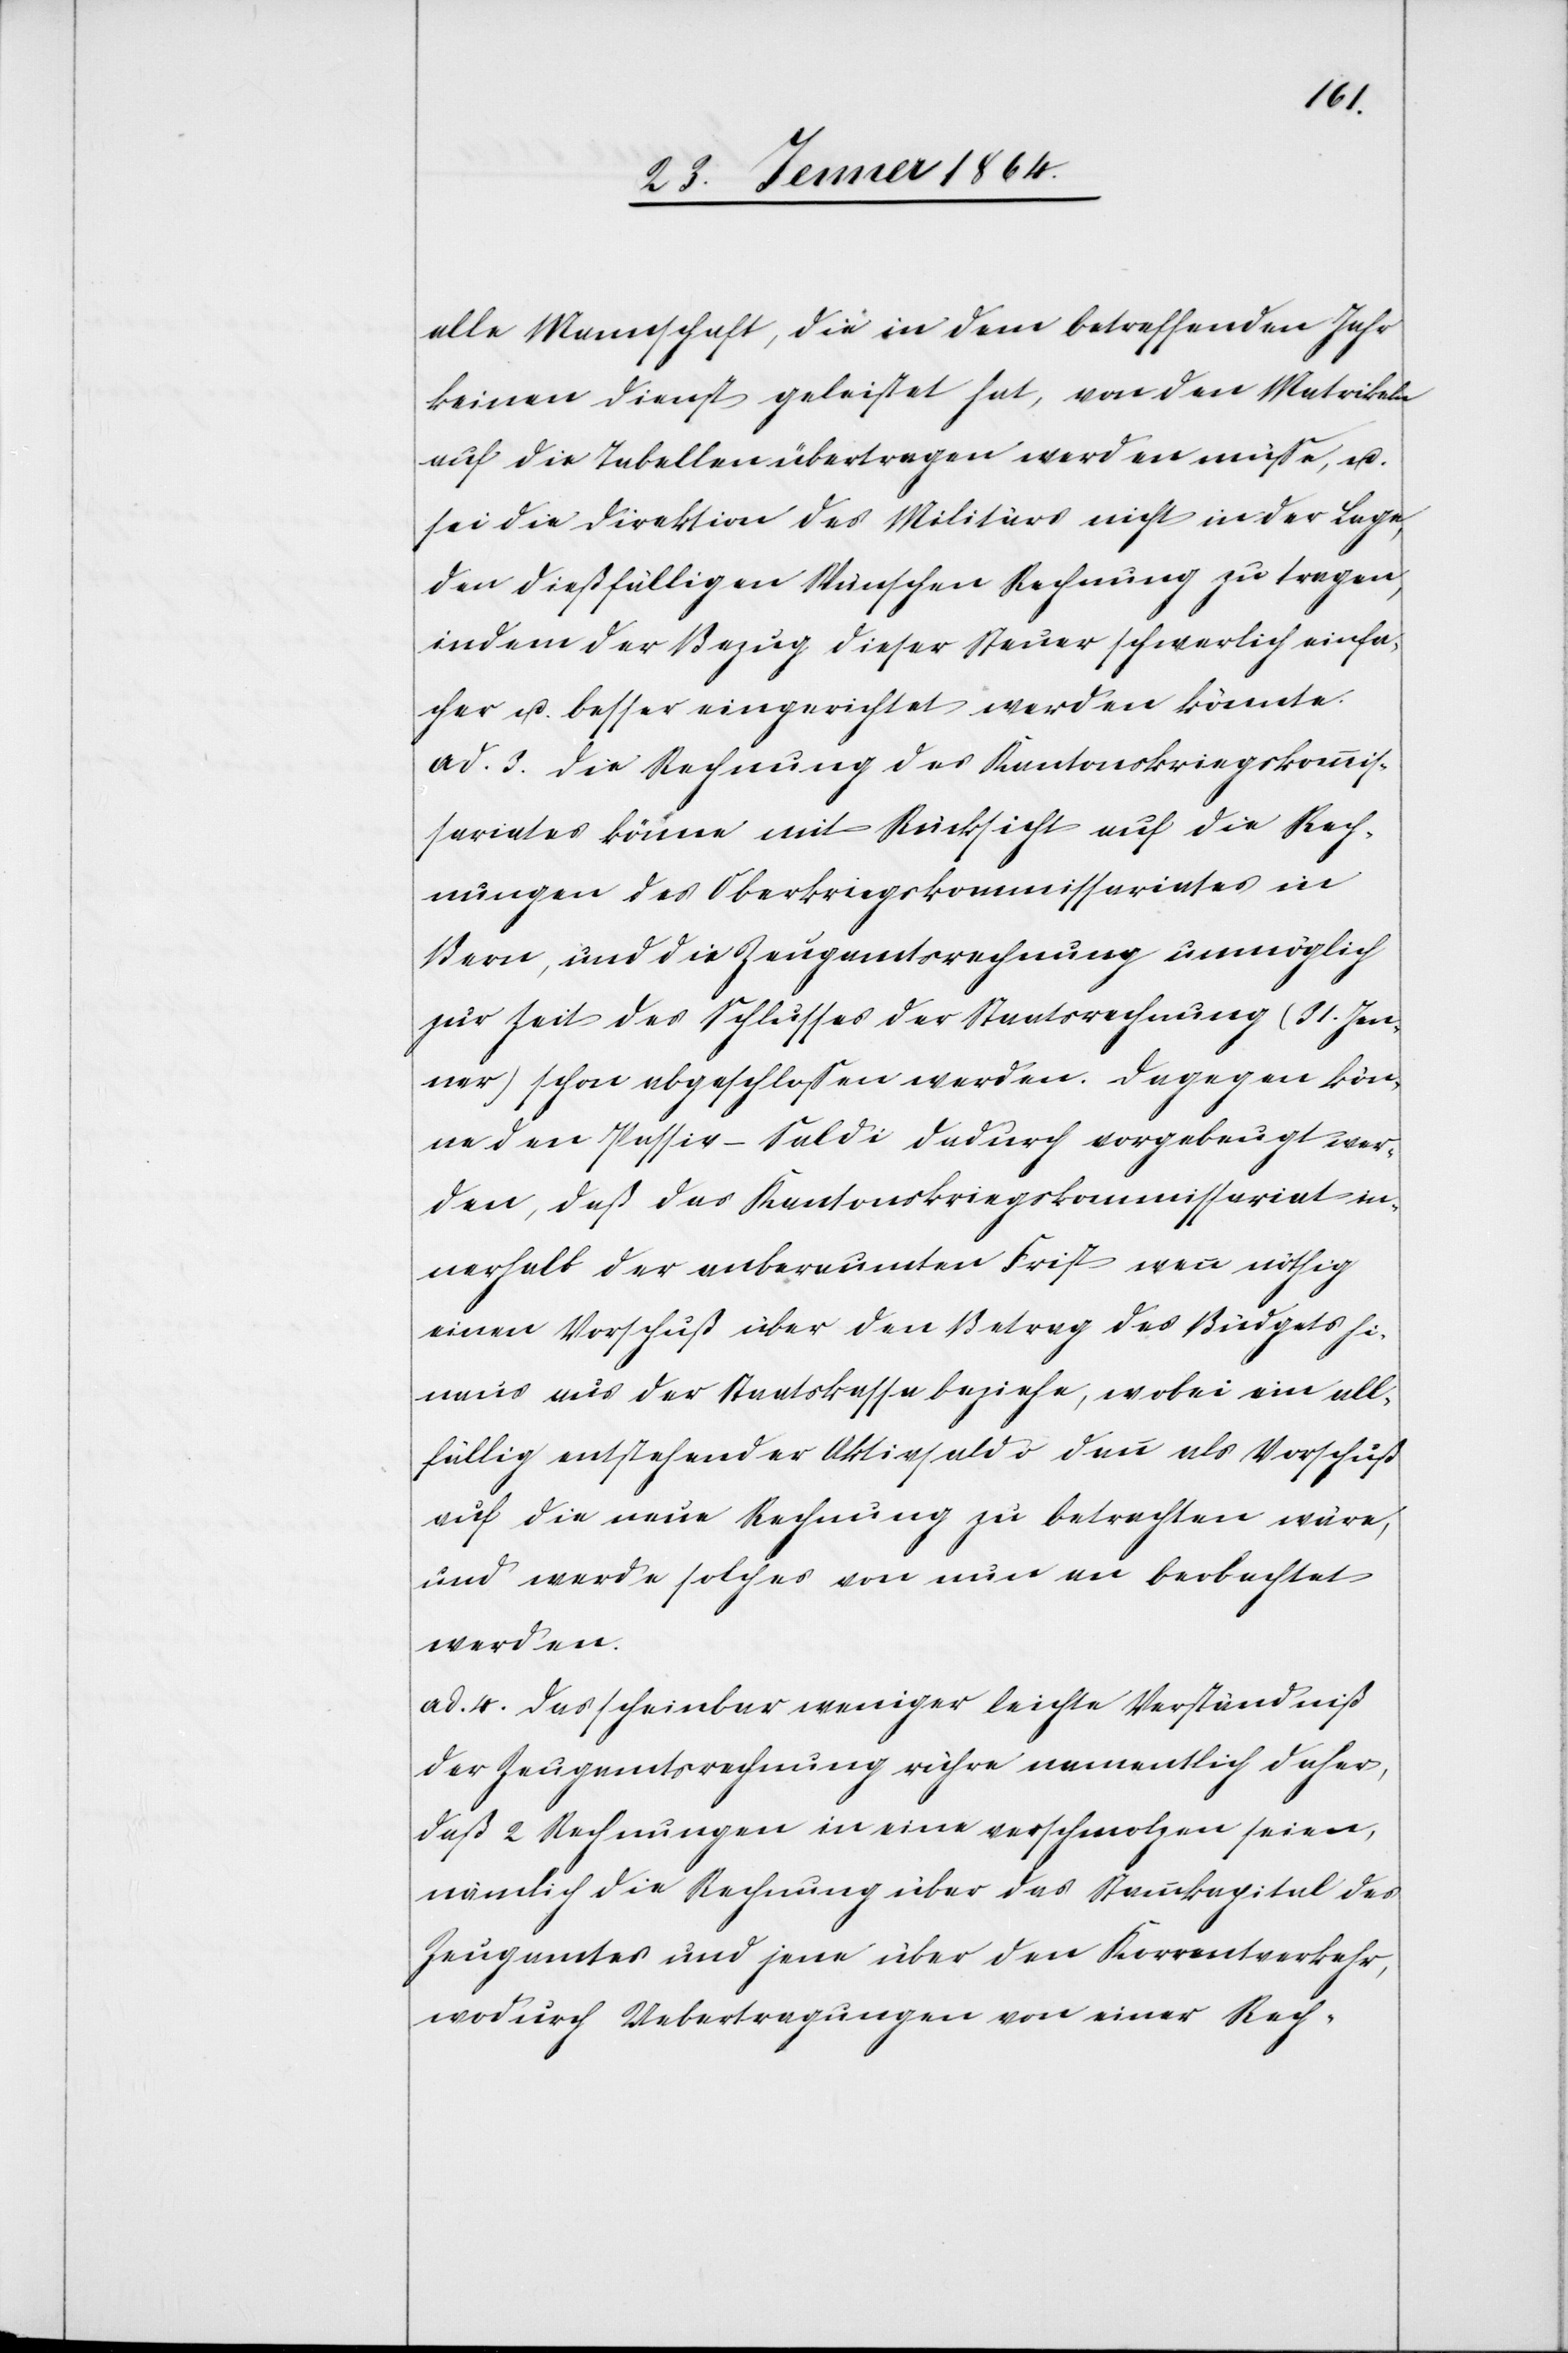
alle Mannschaft, die in dem betreffenden Jahr
keinen Dienst geleistet hat, von den Matrikeln
auf die Tabellen übertragen werden müsse, u.
sei die Direktion des Militärs nicht in der Lage,
den dießfälligen Wünschen Rechnung zu tragen,
indem der Bezug dieser Steuer schwerlich einfa¬
cher u. besser eingerichtet werden könnte.
ad. 3. Die Rechnung des Kantonskriegskommis¬
sariates könne mit Rücksicht auf die Rech¬
nungen des Oberkriegskommissariates in
Bern, und die Zeugamtsrechnung unmöglich
zur Zeit des Schlusses der Staatsrechnung (31. Jan¬
uar) schon abgeschlossen werden. Dagegen kön¬
ne den Passiv-Saldi dadurch vorgebeugt wer¬
den, daß das Kantonskriegskommissariat in¬
nerhalb der anberaumten Frist wenn nöthig
einen Vorschuß über den Betrag des Budgets hi¬
naus aus der Staatskasse beziehe, wobei ein all¬
fällig entstehender Aktivsaldo dann als Vorschuß
auf die neue Rechnung zu betrachten wäre,
und werde solcher von nun an beobachtet
werden.
ad. 4. Das scheinbar weniger leichte Verständniß
der Zeugamtsrechnung rühre namentlich daher,
daß 2 Rechnungen in eine verschmolzen seien,
nämlich die Rechnung über das Stammkapital des
Zeugamtes und jene über den Korrentverkehr,
wodurch Uebertragungen von einer Rech-